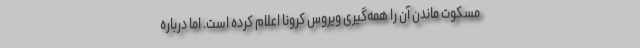
مسکوت ماندن آن را همه‌گیری ویروس کرونا اعلام کرده است. اما درباره